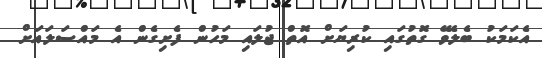
އެކަމަކު ބެލެވޭ ގޮތުގައި ކުރިޔަށް އޮތް ޖުލައި މަހުން ފެށިގެން އެ މައްސަލައަށް